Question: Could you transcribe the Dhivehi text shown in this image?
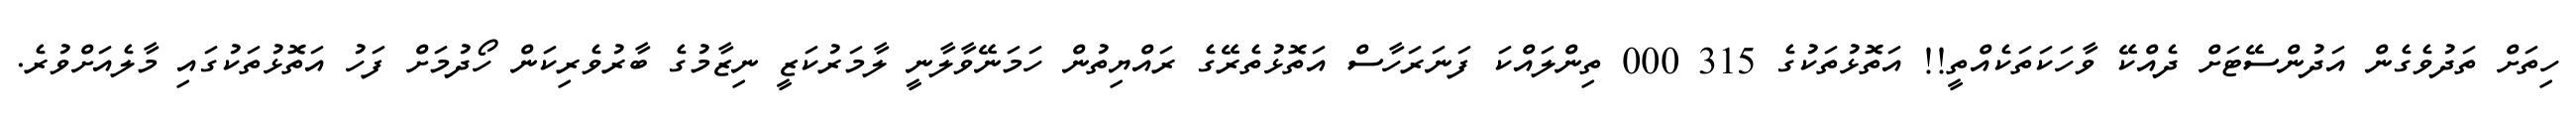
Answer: ހިތަށް ތަދުވެގެން އަދުންސޭޓަށް ދެއްކޭ ވާހަކަތަކެއްތީ!! އަތޮޅުތަކުގެ 315 000 ތިންލައްކަ ފަނަރަހާސް އަތޮޅުތެރޭގެ ރައްޔިތުން ހަމަނޭވާލާނީ ލާމަރުކަޒީ ނިޒާމުގެ ބާރުވެރިކަން ހޯދުމަށް ފަހު އަތޮޅުތަކުގައި މާލެއަށްވުރެ.